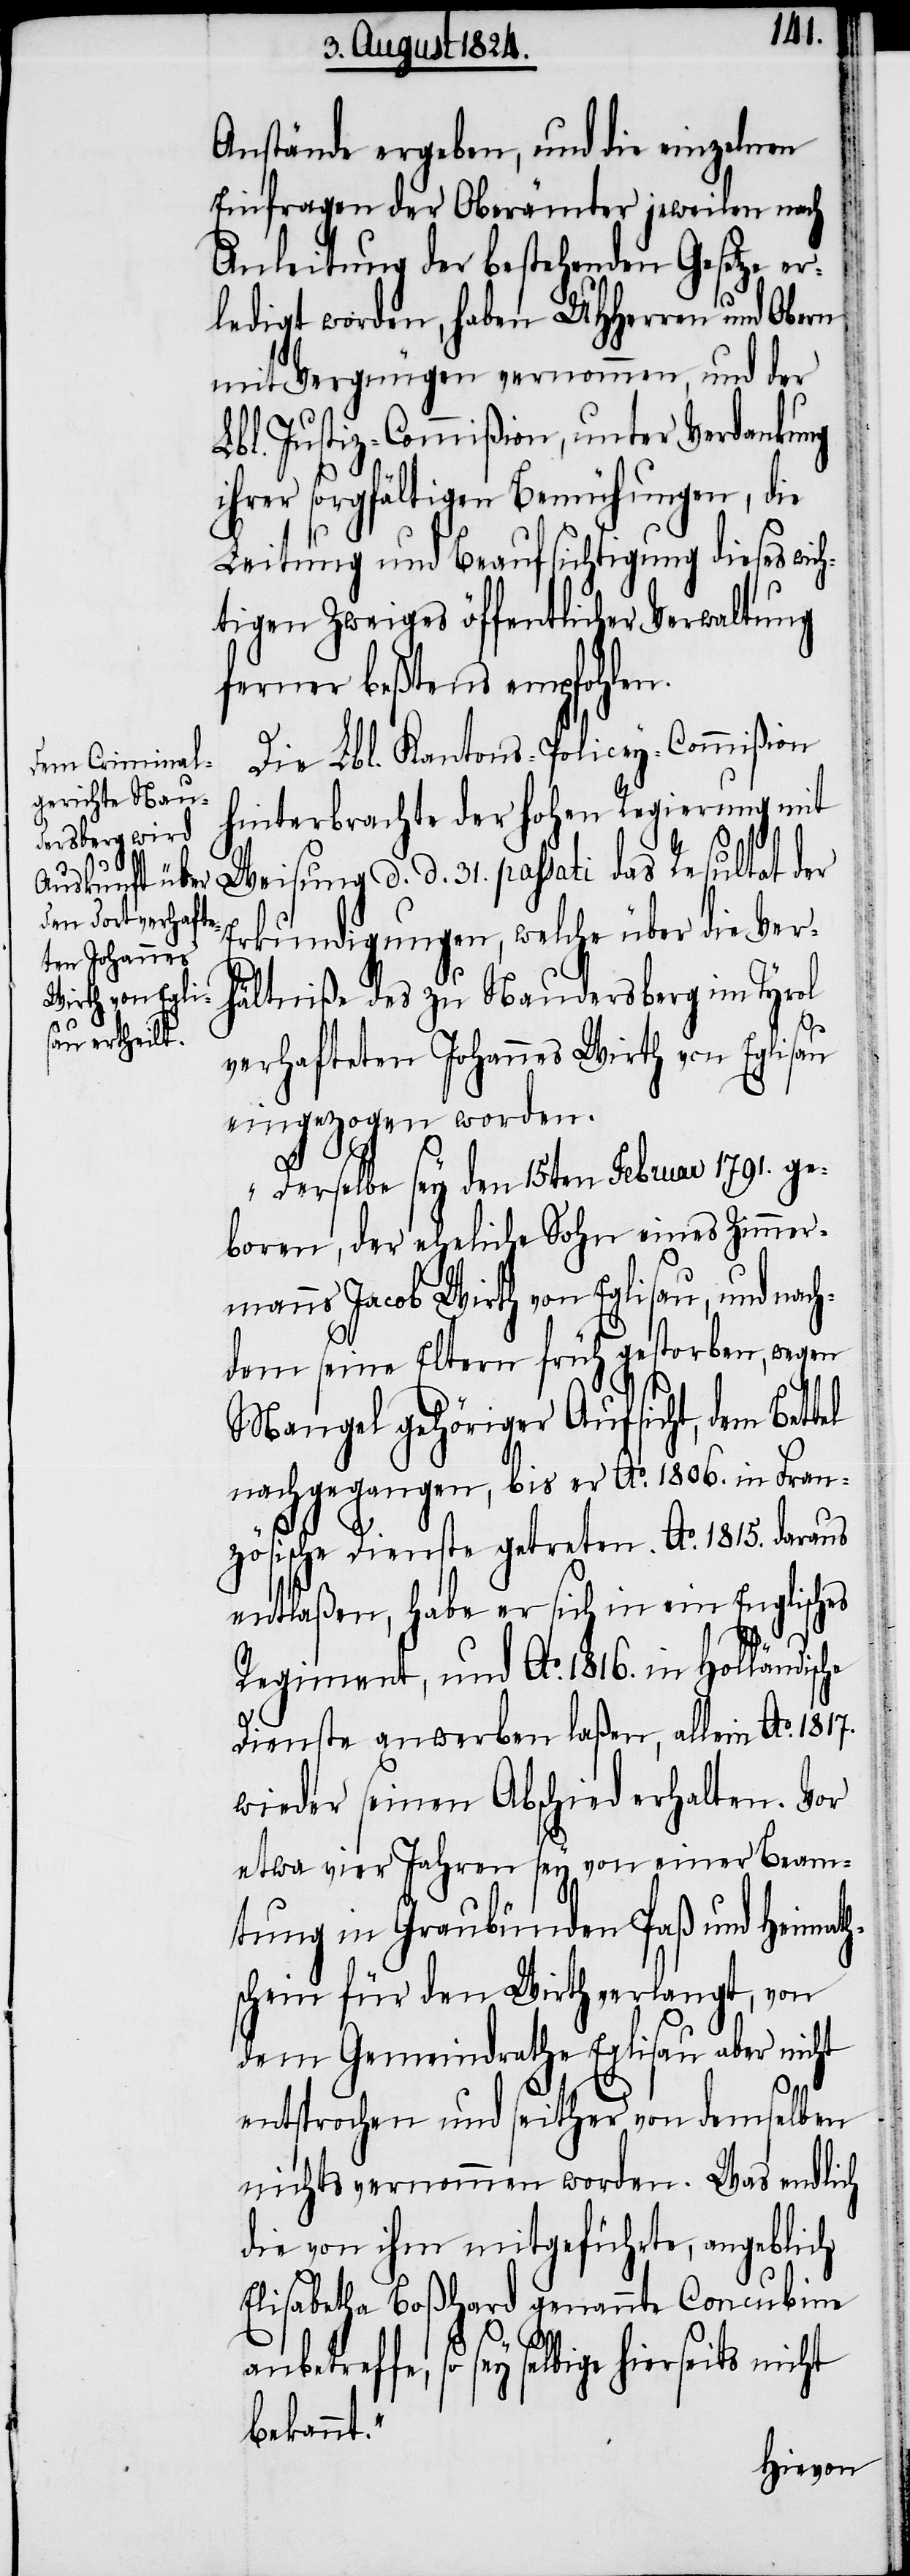
Anstände ergeben, und die einzelnen
Einfragen der Oberämter jeweilen nach
Anleitung der bestehenden Gesetze er¬
ledigt worden, haben UHHerren und Obern
mit Vergnügen vernommen, und der
Lbl. Justiz-Commißion, unter Verdankung
ihrer sorgfältigen Bemühungen, die
Leitung und Beaufsichtigung dieses wich¬
tigen Zweiges öffentlicher Verwaltung
ferner beßtens empfohlen.
Die Lbl. Kantons-Policey-Commißion
hinterbrachte der hohen Regierung mit
tel
Weisung d. d. 31. passati das Resultat der
Erkundigungen, welche über die Ver¬
hältniße des zu Naudersberg im Tyrol
verhafteten Johannes Wirth von Eglisau
eingezogen worden.
„Derselbe sey den 15ten Februar 1791. ge¬
boren, der eheliche Sohn eines Zimmer¬
manns Jacob Wirth von Eglisau, und nach¬
dem seine Eltern früh gestorben, wegen
Mangel gehöriger Aufsicht, dem Bet¬
nachgegangen, bis er Ao. 1806. in Fran¬
zösische Dienste getreten. Ao. 1815. daraus
entlaßen, habe er sich in ein Englisches
Regiment, und Ao. 1816. in Holländische
Dienste anwerben laßen, allein Ao. 1817.
wieder seinen Abschied erhalten. Vor
etwa vier Jahren sey von einer Beam¬
tung in Graubünden Paß und Heimath¬
schein für den Wirth verlangt, von
dem Gemeindrathe Eglisau aber nicht
entsprochen und seither von demselben
nichts vernommen worden. Was endlich
die von ihm mitgeführte, angeblich
Elisabetha Boßhard genannte Concubine
anbetreffe, so sey selbige hierseits nicht
bekannt.“